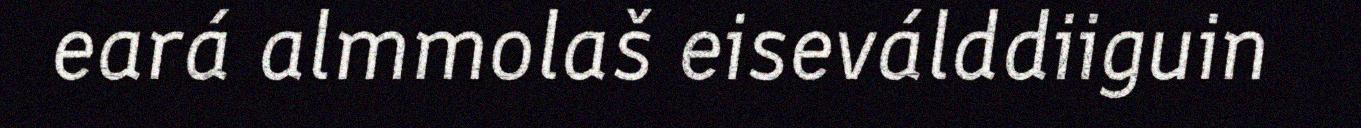
eará almmolaš eiseválddiiguin